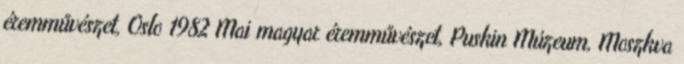
éremművészet, Oslo 1982 Mai magyar éremművészet, Puskin Múzeum, Moszkva